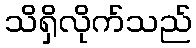
သိရှိလိုက်သည်